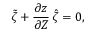
\boldsymbol { \tilde { \zeta } } + \frac { \partial \boldsymbol z } { \partial \boldsymbol Z } \, \boldsymbol { \hat { \zeta } } = \boldsymbol 0 ,